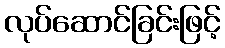
လုပ်ဆောင်ခြင်းဖြင့်